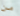
من